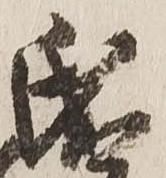
氏